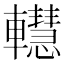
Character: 䡺